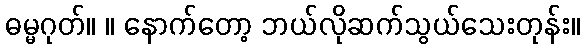
ဓမ္မဂုတ်။ ။ နောက်တော့ ဘယ်လိုဆက်သွယ်သေးတုန်း။